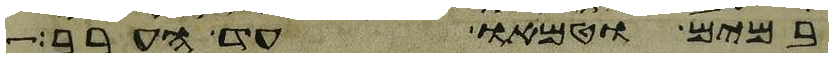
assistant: במים וטמאו עד הערב